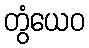
တွံယေဝ